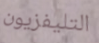
التليفزيون